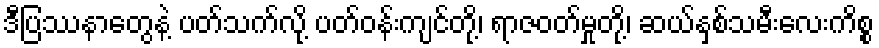
ဒီပြဿနာတွေနဲ့ ပတ်သက်လို့ ပတ်ဝန်းကျင်တို့၊ ရာဇဝတ်မှုတို့၊ ဆယ်နှစ်သမီးလေးကိစ္စ